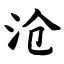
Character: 沧